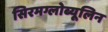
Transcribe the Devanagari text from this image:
सिरमग्लोब्यूलिन